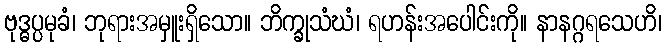
ဗုဒ္ဓပ္ပမုခံ၊ ဘုရားအမှူးရှိသော။ ဘိက္ခုသံဃံ၊ ရဟန်းအပေါင်းကို။ နာနဂ္ဂရသေဟိ၊